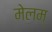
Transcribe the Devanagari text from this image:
मेलम्